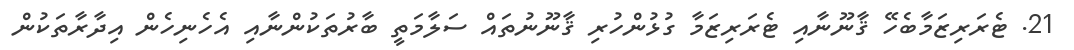
21. ޓެރަރިޒަމާބެހޭ ޤާނޫނާއި ޓެރަރިޒަމާ ގުޅުންހުރި ޤާނޫނުތައް ސަލާމަތީ ބާރުތަކުންނާއި އެހެނިހެން އިދާރާތަކުން